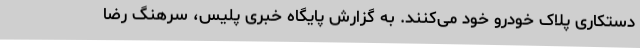
دستکاری پلاک خودرو خود می‌کنند. به گزارش پایگاه خبری پلیس، سرهنگ رضا